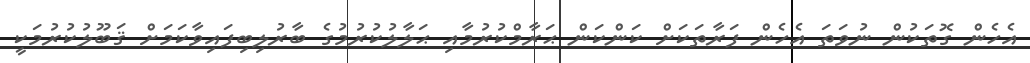
އެހެން ގޮތަކުން ނުވަތަ އެހެން ފަރާތަކަށް ކަންކަން ޙަރާމްކުރުމާއި ޙަލާލުކުރުމުގެ ބާރުލިބިފައިވާކަމަށް ޤަބޫލުކުރުމަކީ